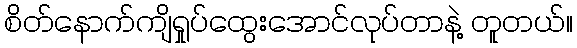
စိတ်နောက်ကျိရှုပ်ထွေးအောင်လုပ်တာနဲ့ တူတယ်။